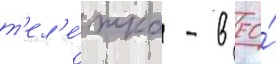
т'ел'е́жка - в ео́